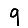
Digit: 9